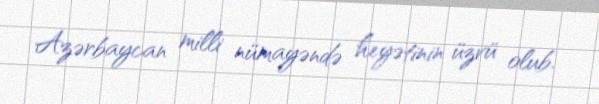
Azərbaycan milli nümayəndə heyətinin üzvü olub.